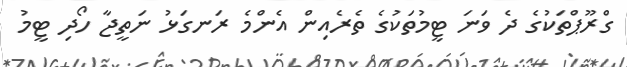
ގްރޫޕްތަކުގެ ދެ ވަނަ ޓީމުތަކުގެ ތެރެއިން އެންމެ ރަނގަޅު ނަތީޖާ ހޯދި ޓީމު